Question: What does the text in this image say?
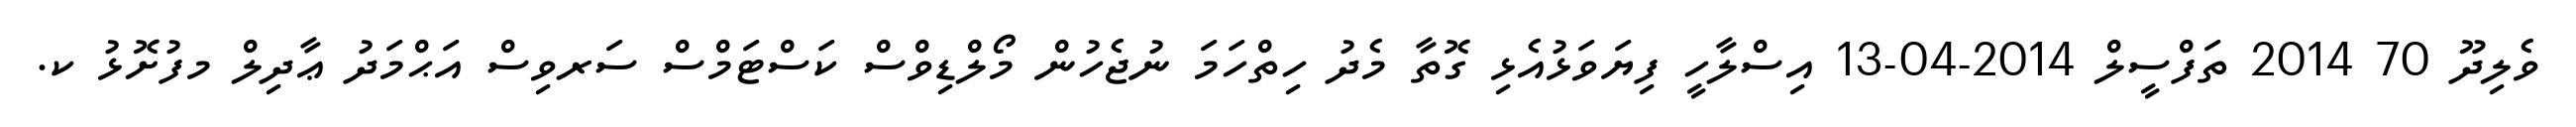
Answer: ވެލިދޫ 70 2014 ތަފްސީލް 2014-04-13 އިސްލާހީ ފިޔަވަޅުއެޅި ގޮތާ މެދު ހިތްހަމަ ނުޖެހުން މޯލްޑިވްސް ކަސްޓަމްސް ސަރވިސް އަޙްމަދު ޢާދިލް މފުށޮޅު ކ.